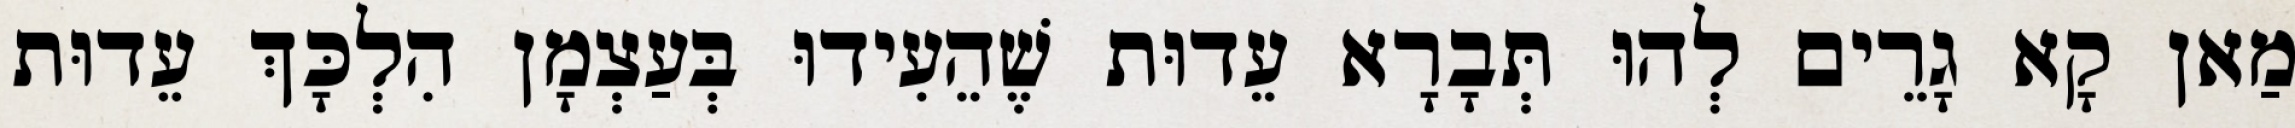
מַאן קָא גָרֵים לְהוּ תְּבָרָא עֵדוּת שֶׁהֵעִידוּ בְּעַצְמָן הִלְכָּךְ עֵדוּת